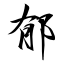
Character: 郁